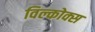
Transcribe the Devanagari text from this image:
विल्कोक्स